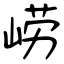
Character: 崂